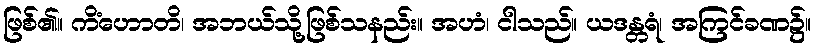
ဖြစ်၏။ ကိံဟောတိ၊ အဘယ်သို့ဖြစ်သနည်း။ အဟံ၊ ငါသည်။ ယဒန္တရံ၊ အကြင်ခဏ၌။